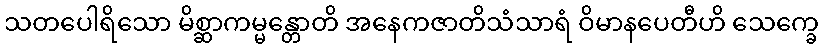
သတပေါရိသော မိစ္ဆာကမ္မန္တောတိ အနေကဇာတိသံသာရံ ဝိမာနပေတီဟိ သေက္ခေ